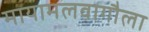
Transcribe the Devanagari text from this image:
मायामलवागौला